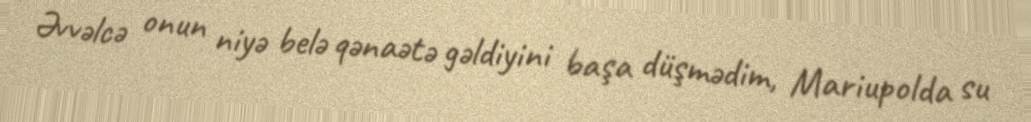
Əvvəlcə onun niyə belə qənaətə gəldiyini başa düşmədim, Mariupolda su